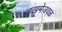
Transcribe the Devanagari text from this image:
जखमेजवळ